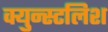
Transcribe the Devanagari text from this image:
क्युन्स्टलिश